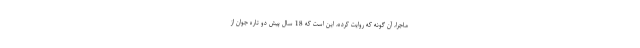
ماجرا، آن گونه که روایت کرده، این است که 18 سال پیش دو تاره جوان از